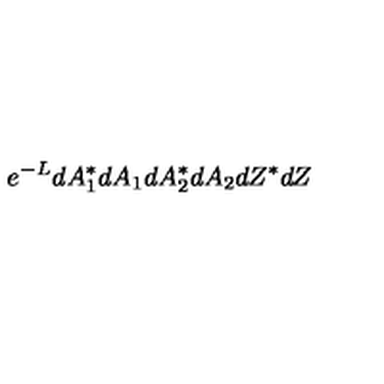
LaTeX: e ^ { - L } d A _ { 1 } ^ { * } d A _ { 1 } d A _ { 2 } ^ { * } d A _ { 2 } d Z ^ { * } d Z